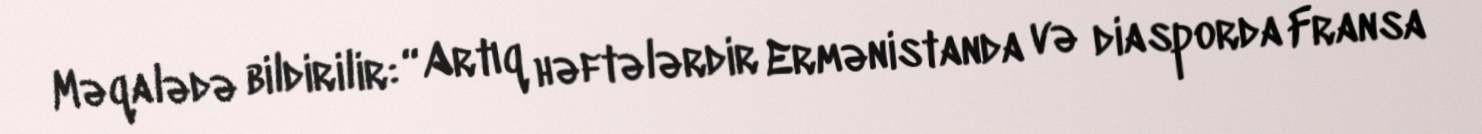
Məqalədə bildirilir: “Artıq həftələrdir Ermənistanda və diasporda Fransa